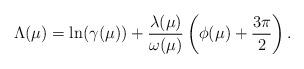
LaTeX: \begin{align*}\Lambda(\mu) = \ln(\gamma(\mu)) + \frac{\lambda(\mu)}{\omega(\mu)}\left( \phi(\mu) + \frac{3 \pi}{2} \right).\end{align*}